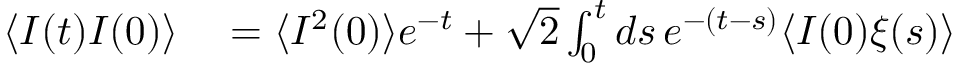
\begin{array} { r l } { \langle I ( t ) I ( 0 ) \rangle } & { { } = \langle I ^ { 2 } ( 0 ) \rangle e ^ { - t } + \sqrt { 2 } \int _ { 0 } ^ { t } d s \, e ^ { - ( t - s ) } \langle I ( 0 ) \xi ( s ) \rangle } \end{array}